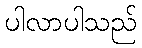
ပါလာပါသည်